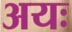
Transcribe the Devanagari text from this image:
अयः